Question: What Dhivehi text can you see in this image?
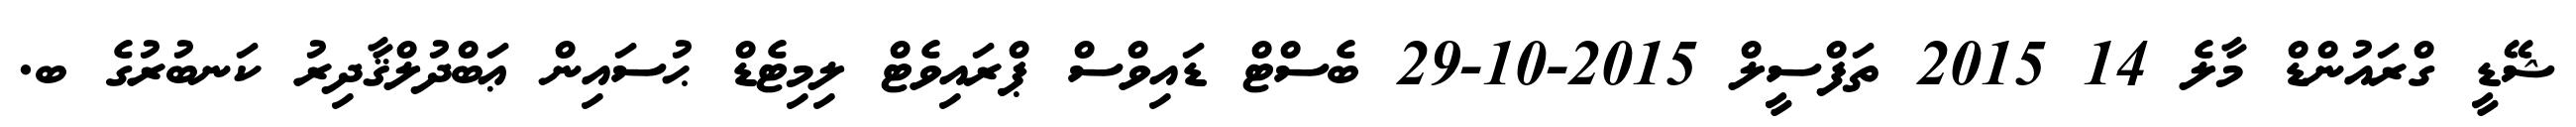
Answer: ޝޭޑީ ގްރައުންޑް މާލެ 14 2015 ތަފްސީލް 2015-10-29 ބެސްޓް ޑައިވްސް ޕްރައިވެޓް ލިމިޓެޑް ޙުސައިން ޢަބްދުލްޤާދިރު ކަނބުރުގެ ބ.